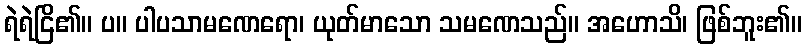
ရဲရဲငြိ၏။ ပ။ ပါပသာမဏေရော၊ ယုတ်မာသော သမဏေသည်။ အဟောသိ၊ ဖြစ်ဘူး၏။